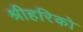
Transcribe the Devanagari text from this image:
श्रीहरिको